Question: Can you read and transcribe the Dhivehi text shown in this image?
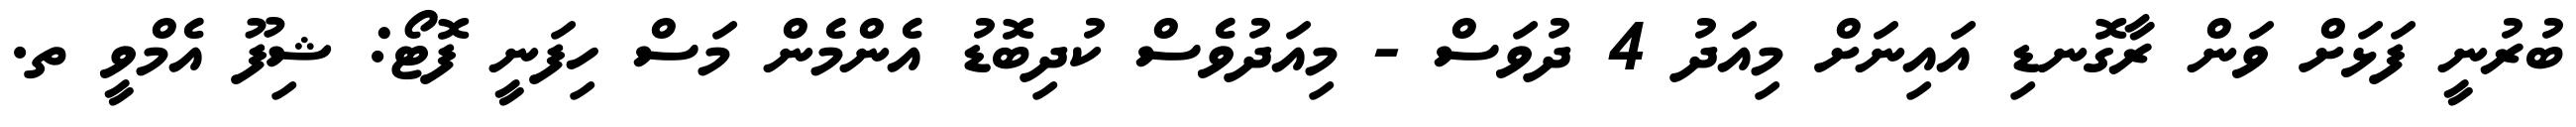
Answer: ބުރުނީ ފަޅަށް ވަން ރާގޮނޑި އައިނަށް މިއަދު 4 ދުވަސް - މިއަދުވެސް ކުދިބޮޑު އެންމެން މަސް ހިފަނީ ފޮޓޯ: ޝިފޫ އެމްވީ ތ.